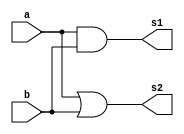
 // ------------------------- 
// Exemplo0031 - F4 
// Nome: Milton costa teles da silva
// ------------------------- 
// ------------------------- 
// f4_gate 
// ------------------------- 
module f4 (output [3:0] s1,output [3:0] s2, 
            input [3:0] a, 
            input [3:0] b); 
//--descrever por portas 
   assign s1[3:0] = (a & b);
	assign s2[3:0] = a | b;

endmodule // f4 

module test_f4; 
// ------------------------- definir dados 
   reg [3:0] a; 
   reg [3:0] b; 
   wire [3:0] s1;
	wire [3:0] s2; 
f4 modulo (s1,s2, a, b); 
// ------------------------- parte principal 
   initial begin 
	
	$display("Exemplo0031 - Milton costa teles da silva-002751"); 
	$display("Test LU's module"); 
	a = 4'b0011; b = 4'b0101; 
//--projetar testes do modulo
   #1 $display("\n%3b  %3b = %3b %3b",a,b,s1,s2);
  end      
  
endmodule // test_f4